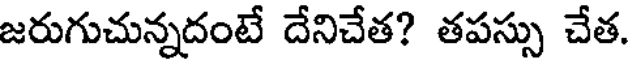
జరుగుచున్నదంటే దేనిచేత? తపస్సు చేత.